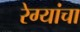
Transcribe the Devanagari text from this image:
रेग्यांचा